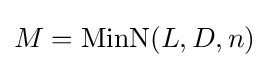
M=\operatorname {MinN} (L,D,n)